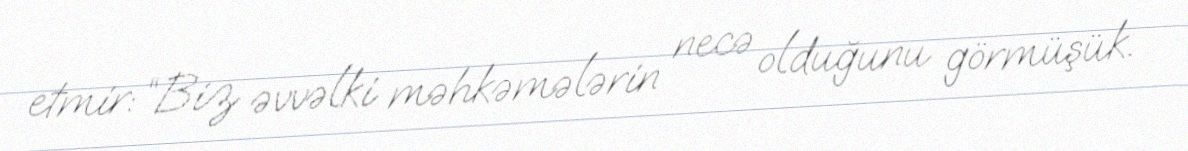
etmir: “Biz əvvəlki məhkəmələrin necə olduğunu görmüşük.